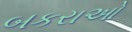
બકરાઓ